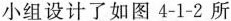
小组设计了如图4-1-2所